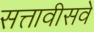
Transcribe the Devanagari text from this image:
सत्तावीसवे